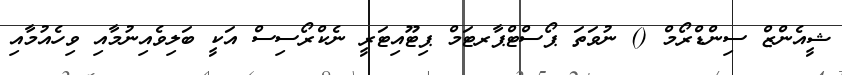
ޝީއެންޒް ސިންޑްރޯމް () ނުވަތަ ޕޯސްޓްޕާރޓަމް ޕިޓޫއިޓަރީ ނެކްރޯސިސް އަކީ ބަލިވެއިނުމާއި ވިހެއުމާއި